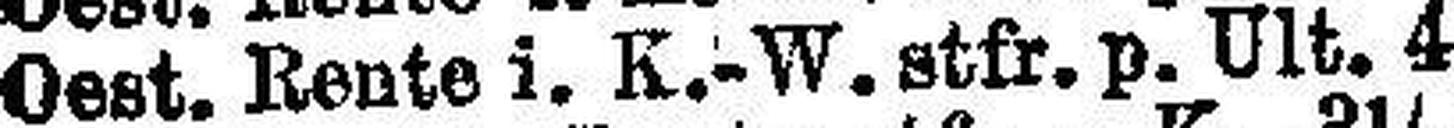
Oest. Rente i. K.-W. stfr. p. Ult. 4